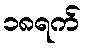
၁၈ရက်